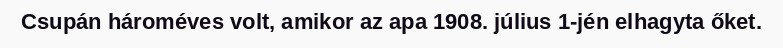
Csupán hároméves volt, amikor az apa 1908. július 1-jén elhagyta őket.